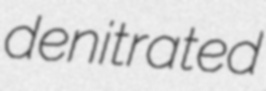
denitrated